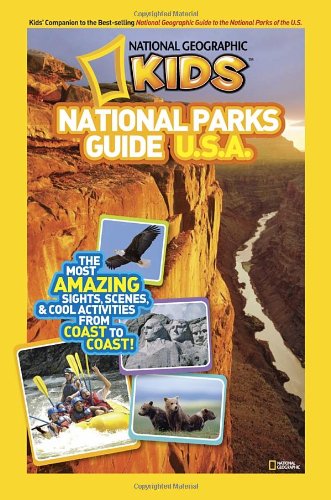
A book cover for National Geographic Kids National Parks Guide U.S.A.: The Most Amazing Sights, Scenes, and Cool Activities from Coast to Coast!; National Geographic Kids; Children's Books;